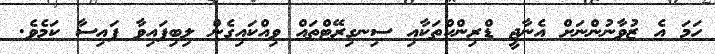
ހަމަ އެ ޒުވާނުންނަށް އެނާޖީ ޑްރިންކްތަކާއި ސިނގިރޭޓްތައް ވިއްކައިގެން ލިބިފައިވާ ފައިސާ ކަމެވެ.